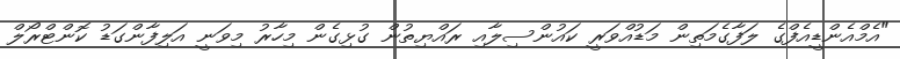
"އެމްއެންޑީއެފްގެ ލަފާގެމަތިން މަޑުއްވަރީ ކައުންސިލާއި ރައްޔިތުން ގުޅިގެން މިހާރު މިވަނީ އަލިފާންގަޑު ކޮންޓްރޯލް